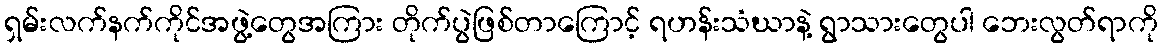
ရှမ်းလက်နက်ကိုင်အဖွဲ့တွေအကြား တိုက်ပွဲဖြစ်တာကြောင့် ရဟန်းသံဃာနဲ့ ရွာသားတွေပါ ဘေးလွတ်ရာကို